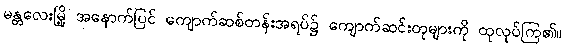
မန္တလေးမြို့ အနောက်ပြင် ကျောက်ဆစ်တန်းအရပ်၌ ကျောက်ဆင်းတုများကို ထုလုပ်ကြ၏။